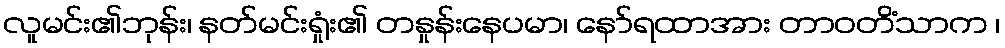
လူမင်း၏ဘုန်း၊ နတ်မင်းရှုံး၏ တနှုန်းနေပမာ၊ နော်ရထာအား တာဝတိံသာက ၊